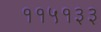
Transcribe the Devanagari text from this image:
११५१३३